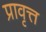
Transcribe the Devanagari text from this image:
प्रावृत्त